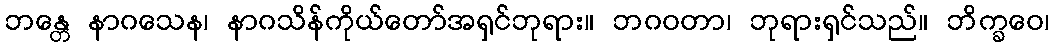
ဘန္တေ နာဂသေန၊ နာဂသိန်ကိုယ်တော်အရှင်ဘုရား။ ဘဂဝတာ၊ ဘုရားရှင်သည်။ ဘိက္ခဝေ၊